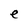
Character: e